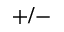
+ / -